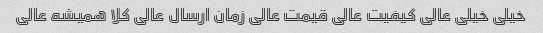
خیلی خیلی عالی کیفیت عالی قیمت عالی زمان ارسال عالی کلا همیشه عالی